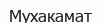
Мухакамат